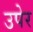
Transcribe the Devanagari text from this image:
उपेर